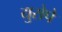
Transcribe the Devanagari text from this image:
युरोपे